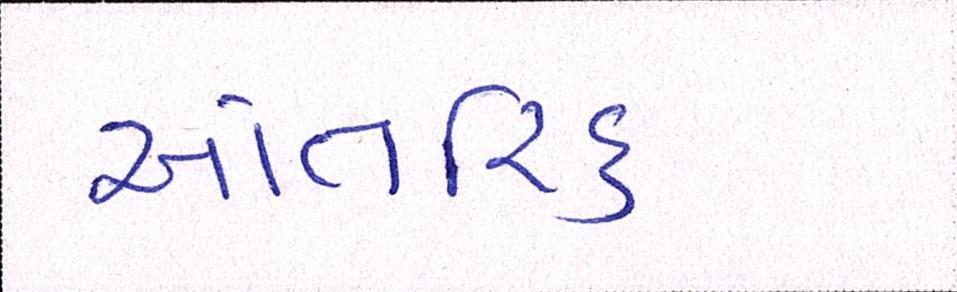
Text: આંતરીક